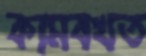
কামবখত